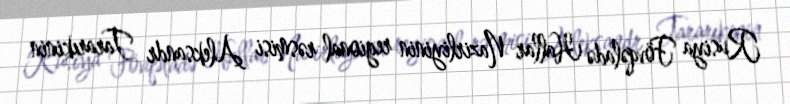
Rusiya Fövqəladə Hallar Nazirliyinin regional rəsmisi Aleksandr Tararıkinin